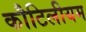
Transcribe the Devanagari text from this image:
कौटिलीयम